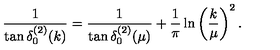
\frac { 1 } { \tan \delta _ { 0 } ^ { ( 2 ) } ( k ) } = \frac { 1 } { \tan \delta _ { 0 } ^ { ( 2 ) } ( \mu ) } + \frac { 1 } { \pi } \ln \left( \frac { k } { \mu } \right) ^ { 2 } .